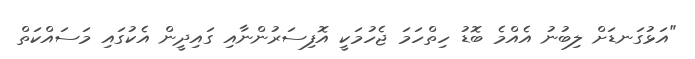
"އަޅުގަނޑަށް ލިބުނު އެއްމެ ބޮޑު ހިތްހަމަ ޖެހުމަކީ އޮފިސަރުންނާއި ގައިދީން އެކުގައި މަސައްކަތް